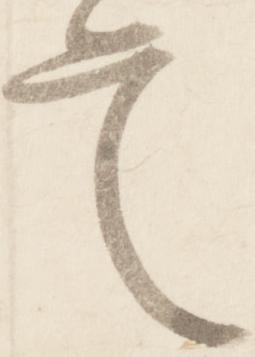
定